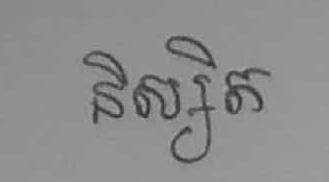
និស្សិត